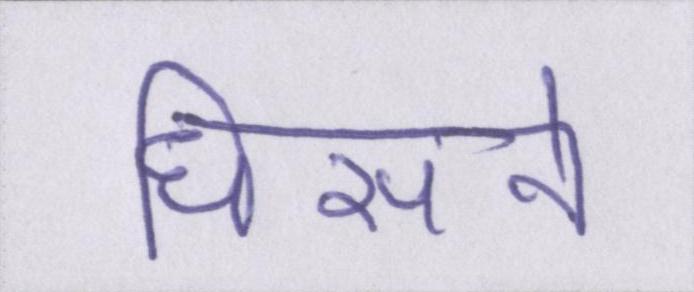
धिसने